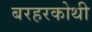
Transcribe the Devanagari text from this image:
बरहरकोथी